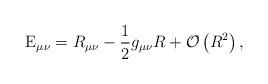
LaTeX: \begin{align*}{\rm E}_{\mu \nu }=R_{\mu \nu }-\frac{1}{2}g_{\mu \nu }R+{\cal O}\left(R^{2}\right) ,\qquad \end{align*}